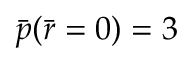
\bar { p } ( \bar { r } = 0 ) = 3